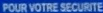
POUR VOTRE SECURITÉ